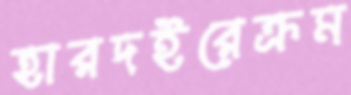
হারদইরেক্রম